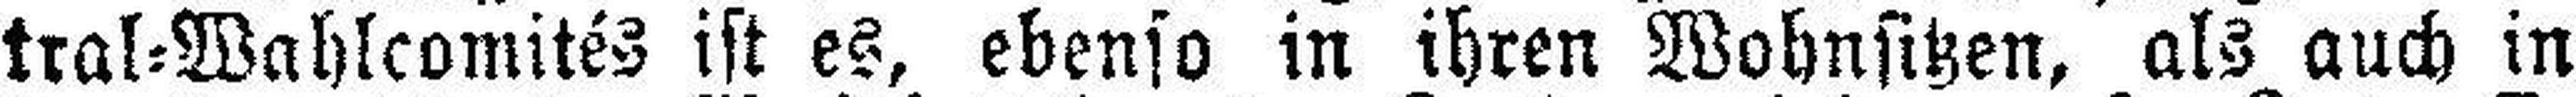
tral=Wahlcomités ist es, ebenso in ihren Wohnsitzen, als auch in